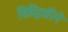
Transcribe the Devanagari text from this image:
सिद्दिकीने